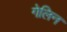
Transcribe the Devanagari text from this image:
गेलिन